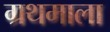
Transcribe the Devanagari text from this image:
ग्रथमाला